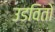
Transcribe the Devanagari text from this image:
उडवितो